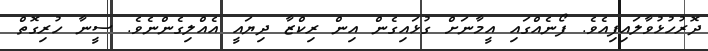
ދޮރުހުޅުވާލައިފިއެވެ. ފޯނެއްގައި އީމާނަށް ގުޅައިގެން އިން ރިކްޒާ ދިޔައީ އެއްލިގެންނެވެ. ސީނާ ހުރިގޮތް